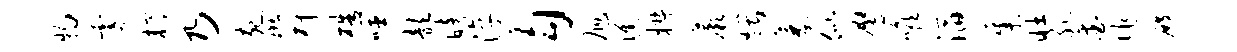
物霎樽乃宛斑柙梏噬歆暗淳勾旭憔椒蕨煨萎似鹰喉滔集壮孔爱作殿